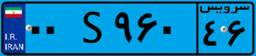
۹۸S۳۵۸۰۴